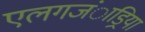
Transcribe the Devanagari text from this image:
एलगजंाड्रिया